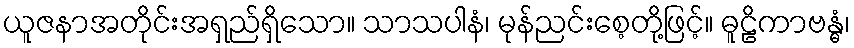
ယူဇနာအတိုင်းအရှည်ရှိသော။ သာသပါနံ၊ မုန်ညင်းစေ့တို့ဖြင့်။ ဓူဠိကာဗန္ဓံ၊